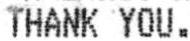
THANK YOU.